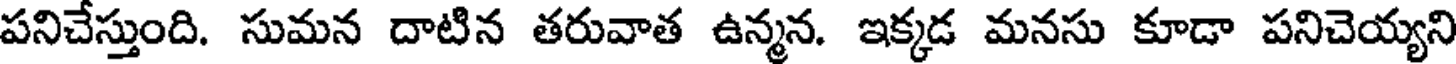
పనిచేస్తుంది. సుమన దాటిన తరువాత ఉన్మన. ఇక్కడ మనసు కూడా పనిచెయ్యని